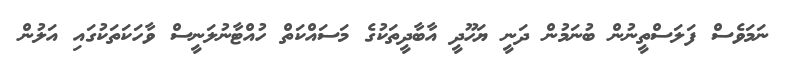
ނަމަވެސް ފަލަސްތީނުން ބުނަމުން ދަނީ ޔަހޫދީ އާބާދީތަކުގެ މަސައްކަތް ހުއްޓާނުލަނީސް ވާހަކަތަކުގައި އަލުން